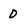
Character: 0